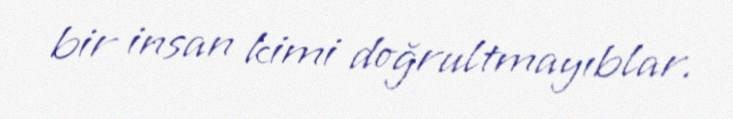
bir insan kimi doğrultmayıblar.